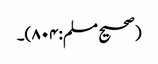
(صحیح مسلم:۸۰۴)۔